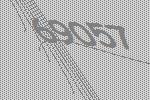
69057